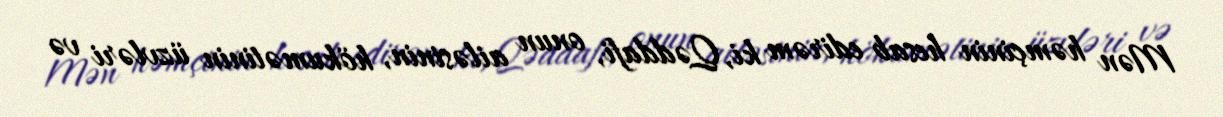
Mən həmçinin hesab edirəm ki, Qəddafi, onun ailəsinin, hökumətinin üzvləri və